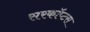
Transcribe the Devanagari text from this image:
सरकॉप्टस